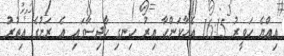
އިއްޔެ ހަވީރު 16:15 އެހާކަންހާ އިރު ހިނގި ހާދިސާގައި އެ ރަށުގެ އިތުރު